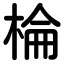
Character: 棆